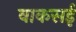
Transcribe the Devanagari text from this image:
वाकसई